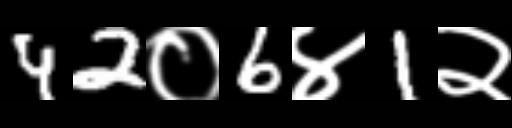
Text: 42०6४1२